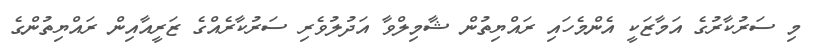
މި ސަރުކާރުގެ އަމާޒަކީ އެންމެހައި ރައްޔިތުން ޝާމިލްވާ އަދުލުވެރި ސަރުކާރެއްގެ ޒަރީއާއިން ރައްޔިތުންގެ